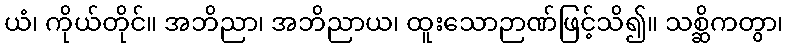
ယံ၊ ကိုယ်တိုင်။ အဘိညာ၊ အဘိညာယ၊ ထူးသောဉာဏ်ဖြင့်သိ၍။ သစ္ဆိကတွာ၊